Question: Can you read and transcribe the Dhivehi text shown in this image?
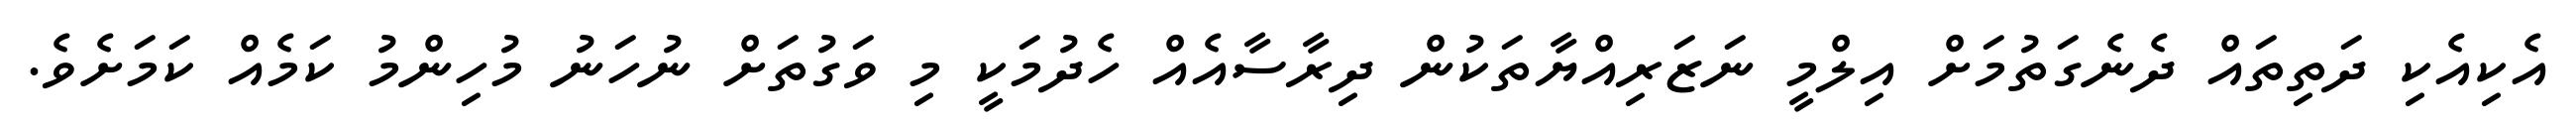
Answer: އެކިއެކި ދަތިތައް ދެނެގަތުމަށް އިލްމީ ނަޒަރިއްޔާތަކުން ދިރާސާއެއް ހެދުމަކީ މި ވަގުތަށް ނުހަނު މުހިންމު ކަމެއް ކަމަށެވެ.